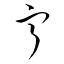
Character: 寧